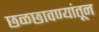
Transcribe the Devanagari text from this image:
छळछावण्यांतून